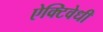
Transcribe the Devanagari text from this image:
ऐक्टिवेधी